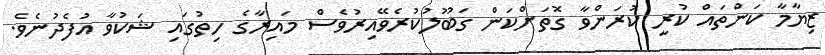
ޒިޔާމާ ކަންތައް ކުރީ ކުރަންވާ ގޮތަށްކަން ގަބޫލުކުރެވޭއިރުވެސް މައިރާގެ ހިތުގައި ޝަކުވާ އުފެދުނެވެ.